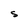
Character: S